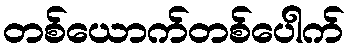
တစ်ယောက်တစ်ပေါက်